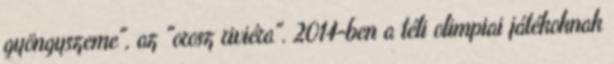
gyöngyszeme", az "orosz riviéra". 2014-ben a téli olimpiai játékoknak